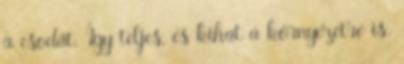
a csodát. Így teljes, és kihat a környezetre is.